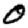
Digit: 0